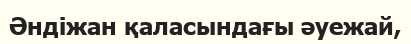
Әндіжан қаласындағы әуежай,